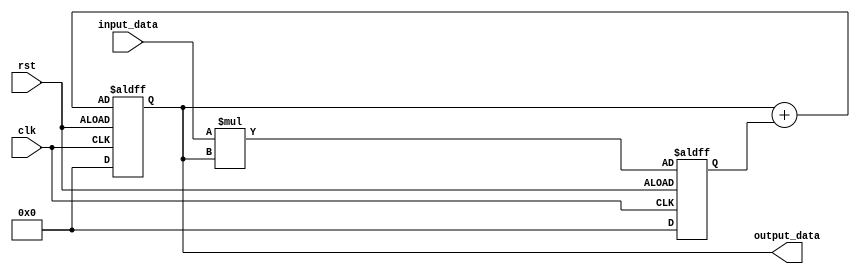
module iir_accumulator(
    input clk,
    input rst,
    input signed [15:0] input_data,
    output signed [15:0] output_data
);

reg signed [15:0] acc;
reg signed [15:0] tmp;

always @(posedge clk or negedge rst) begin
    if (rst) begin
        acc <= 16'b0;
        tmp <= 16'b0;
    end else begin
        tmp <= input_data * acc; // Multiplication operation
        acc <= acc + tmp; // Addition operation
    end
end

assign output_data = acc;

endmodule